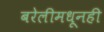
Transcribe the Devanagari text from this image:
बरेलीमधूनही